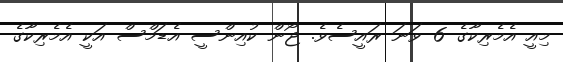
މިއީ އެމެރިކާގެ 6 ވަނަ ރައީސެވެ. ޖޯން ކުއިންސީ އެޑަމްސް އަކީ އެމެރިކާގެ